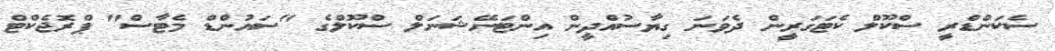
ސެކަންޑްރީ ސްކޫލް ކެޓަގަރީން ދެވަނަ ގިޔާސުއްދީން އިންޓަނޭޝަނަލް ސްކޫލްގެ "ސައުންޑް މެޓާސް" ޕްރޮޖެކްޓް